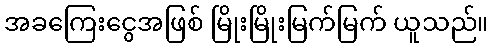
အခကြေးငွေအဖြစ် မြိုးမြိုးမြက်မြက် ယူသည်။